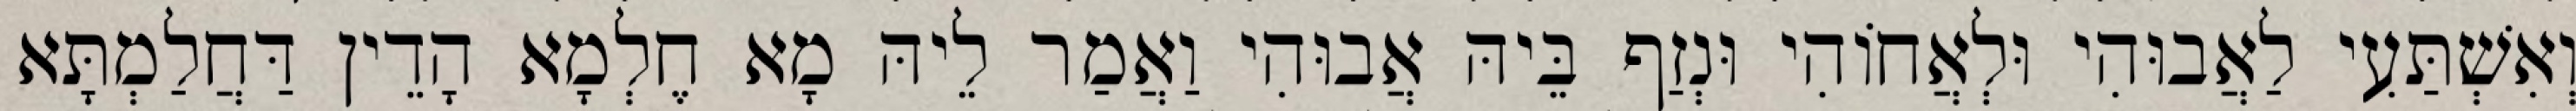
וְאִשְׁתַּעִי לַאֲבוּהִי וּלְאֲחוֹהִי וּנְזַף בֵּיהּ אֲבוּהִי וַאֲמַר לֵיהּ מָא חֶלְמָא הָדֵין דַּחֲלַמְתָּא